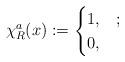
LaTeX: \begin{align*}\chi_R^a(x):=\begin{cases} 1, & ;\\0, & \end{cases}\end{align*}